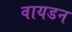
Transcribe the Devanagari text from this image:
वायडन